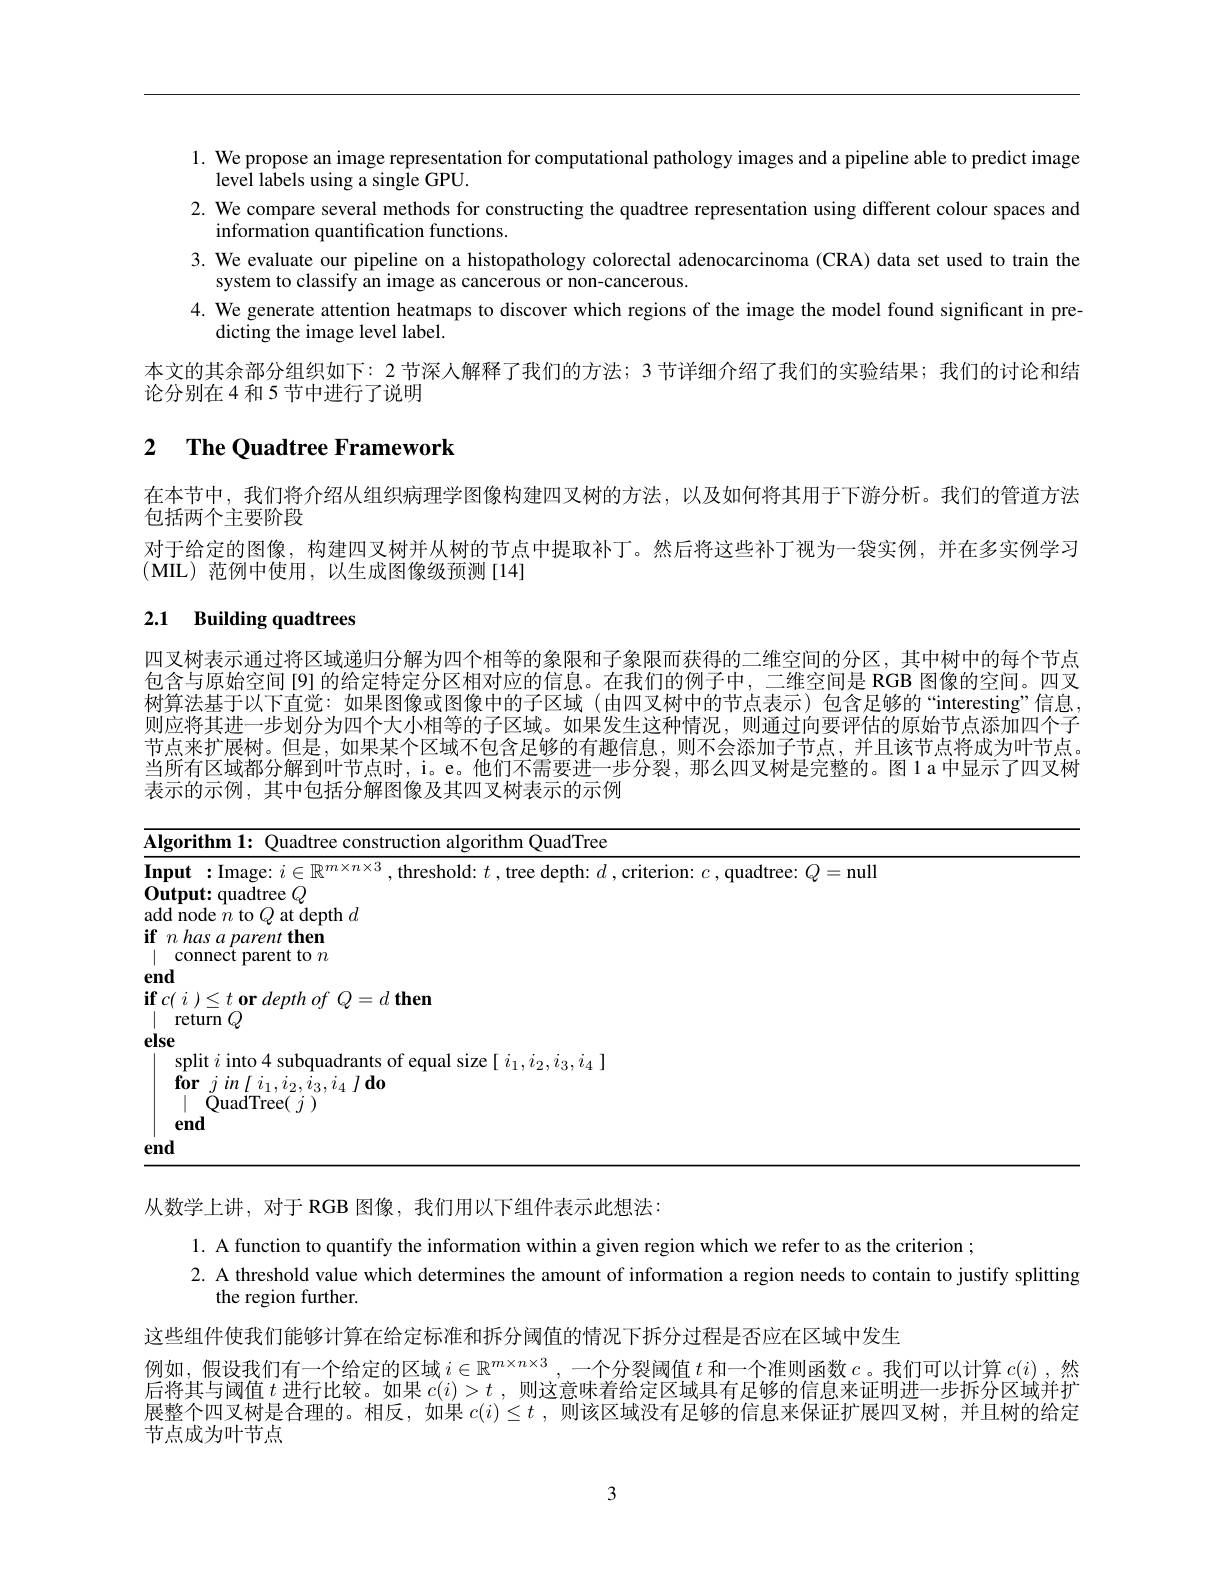
1. We propose an image representation for computational pathology images and a pipeline able to predict image
level labels using a single GPU.
2. We compare several methods for constructing the quadtree representation using different colour spaces and
information quantification functions.
3. We evaluate our pipeline on a histopathology colorectal adenocarcinoma (CRA) data set used to train the
system to classify an image as cancerous or non-cancerous.
4. We generate attention heatmaps to discover which regions of the image the model found significant in pre-
dicting the image level label.
本文的其余部分组织如下：2 节深人解释了我们的方法；3 节详细介绍了我们的实验结果；我们的讨论和结
论分别在4 和 5 节中进行了说明

# 2 $\textbf{The Quadtree Framework}$

在本节中，我们将介绍从组织病理学图像构建四叉树的方法，以及如何将其用于下游分析。我们的管道方法
包括两个主要阶段
对于给定的图像，构建四叉树并从树的节点中提取补丁。然后将这些补丁视为一袋实例，并在多实例学习
(MIL)范例中使用，以生成图像级预测[14]

# 2.1 Building quadtrees

四叉树表示通过将区域递归分解为四个相等的象限和子象限而获得的二维空间的分区，其中树中的每个节点包含与原始空间[9] 的给定特定分区相对应的信息。在我们的例子中，二维空间是 RGB 图像的空间。四叉树算法基于以下直觉：如果图像或图像中的子区域(由四叉树中的节点表示)包含足够的“interesting”信息， 则应将其进一步划分为四个大小相等的子区域。如果发生这种情况，则通过向要评估的原始节点添加四个子节点来扩展树。但是，如果某个区域不包含足够的有趣信息，则不会添加子节点，并且该节点将成为叶节点。当所有区域都分解到叶节点时，i。e。他们不需要进一步分裂，那么四叉树是完整的。图1a中显示了四叉树表示的示例，其中包括分解图像及其四叉树表示的示例

<table>
	<tbody>
		<tr>
			<th>$\overline{\mathbf{Alg}}$</th>
			<th>Algorithm l: 1112 uction algorithm OuadTree</th>
			<td>algorithm QuadTree</td>
		</tr>
		<tr>
			<td>InI </td>
			<td>$=nul$</td>
			<td>=null ld.</td>
		</tr>
		<tr>
			<td>$0u$ add</td>
			<td>$\mathbf{Output:quadtree}Q$ add node $13f$ $\textbf{t depth}$ $1d$</td>
			<td> </td>
		</tr>
		<tr>
			<td>$if$ T 1</td>
			<td>$if$ $n\textit{has a parent then}$ connect parent to $n$</td>
			<td> </td>
		</tr>
		<tr>
			<td>1 1 1 1</td>
			<td>return $Q$</td>
			<td> </td>
		</tr>
		<tr>
			<td>$els\epsilon$</td>
			<td>else split $i$ into 4 subquadrants of equal size[ $i_1,i_2,i_3,i_4]$ $\textbf{for}jin\left [ i_{1}, i_{2}, i_{3}, i_{4}\right ] \textbf{do}$ $\mid\dot{\text{QuadTree(}j})$ end</td>
			<td>size$\left[\begin{smallmatrix}i_1,i_2,i_3,i_4\end{smallmatrix}\right]$</td>
		</tr>
		<tr>
			<td>enc</td>
			<td>end</td>
			<td> </td>
		</tr>
	</tbody>
</table>

从数学上讲，对于 RGB 图像，我们用以下组件表示此想法：

1. A function to quantify the information within a given region which we refer to as the criterion ;
2. A threshold value which determines the amount of information a region needs to contain to justify splitting
the region further.
这些组件使我们能够计算在给定标准和拆分阈值的情况下拆分过程是否应在区域中发生
例如，假设我们有一个给定的区域$i\in\mathbb{R}^{m\times n\times3}$ ,一个分裂阈值$t$和一个准则函数$c$ 。我们可以计算$c(i)$ ,然后将其与阈值$t$进行比较。如果$c(i)>t$ ,则这意味着给定区域具有足够的信息来证明进一步拆分区域并扩展整个四叉树是合理的。相反，如果$c( i) \leq t$ , 则该区域没有足够的信息来保证扩展四叉树，并且树的给定节点成为叶节点

3